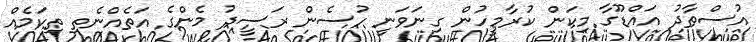
އުސްތާދު އައްޑޫގާ މިކަން ކުރާމީހުން ގިނަވަނީ ހުސެން ރަސީދު މެންގެ އަތެއްނެތި ތިކަމެއް